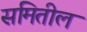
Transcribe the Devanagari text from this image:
समितील